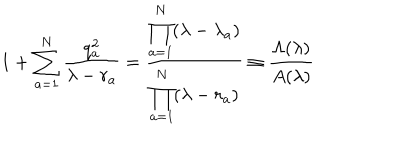
LaTeX: 1 + \sum _ { a = 1 } ^ { N } \frac { q _ { a } ^ { 2 } } { \lambda - r _ { a } } = \frac { \displaystyle \prod _ { a = 1 } ^ { N } ( \lambda - \lambda _ { a } ) } { \displaystyle \prod _ { a = 1 } ^ { N } ( \lambda - r _ { a } ) } \equiv \frac { \Lambda ( \lambda ) } { A ( \lambda ) }